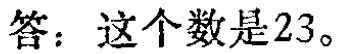
答：这个数是\(23\)。